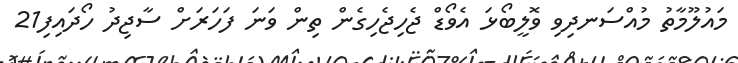
މައުލޫމާތު މުއްސަނދިވި ވޮލީބޯޅަ އެވޯޑް ޖެހިޖެހިގެން ތިން ވަނަ ފަހަރަށް ސާޖިދު ހޯދައިފި21